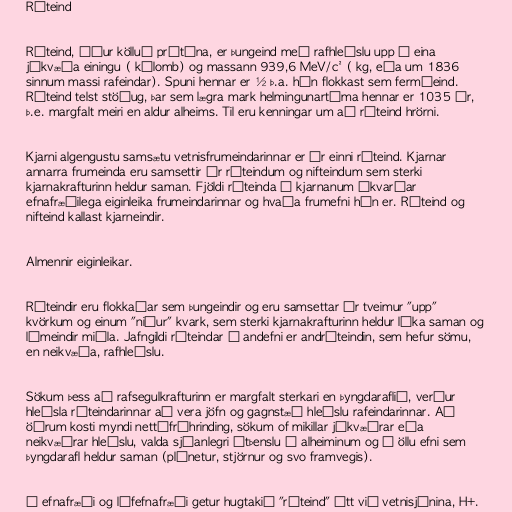
Róteind

Róteind, áður kölluð prótóna, er þungeind með rafhleðslu upp á eina
jákvæða einingu ( kúlomb) og massann 939,6 MeV/c² ( kg, eða um 1836
sinnum massi rafeindar). Spuni hennar er ½ þ.a. hún flokkast sem fermíeind.
Róteind telst stöðug, þar sem lægra mark helmingunartíma hennar er 1035 ár,
þ.e. margfalt meiri en aldur alheims. Til eru kenningar um að róteind hrörni.

Kjarni algengustu samsætu vetnisfrumeindarinnar er úr einni róteind. Kjarnar
annarra frumeinda eru samsettir úr róteindum og nifteindum sem sterki
kjarnakrafturinn heldur saman. Fjöldi róteinda í kjarnanum ákvarðar
efnafræðilega eiginleika frumeindarinnar og hvaða frumefni hún er. Róteind og
nifteind kallast kjarneindir.

Almennir eiginleikar.

Róteindir eru flokkaðar sem þungeindir og eru samsettar úr tveimur "upp"
kvörkum og einum "niður" kvark, sem sterki kjarnakrafturinn heldur líka saman og
límeindir miðla. Jafngildi róteindar í andefni er andróteindin, sem hefur sömu,
en neikvæða, rafhleðslu.

Sökum þess að rafsegulkrafturinn er margfalt sterkari en þyngdaraflið, verður
hleðsla róteindarinnar að vera jöfn og gagnstæð hleðslu rafeindarinnar. Að
öðrum kosti myndi nettófráhrinding, sökum of mikillar jákvæðrar eða
neikvæðrar hleðslu, valda sjáanlegri útþenslu á alheiminum og á öllu efni sem
þyngdarafl heldur saman (plánetur, stjörnur og svo framvegis).

Í efnafræði og lífefnafræði getur hugtakið "róteind" átt við vetnisjónina, H+.